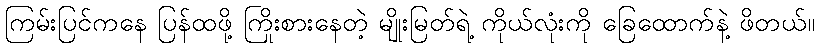
ကြမ်းပြင်ကနေ ပြန်ထဖို့ ကြိုးစားနေတဲ့ မျိုးမြတ်ရဲ့ ကိုယ်လုံးကို ခြေထောက်နဲ့ ဖိတယ်။